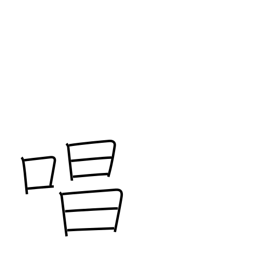
Meaning: chant